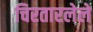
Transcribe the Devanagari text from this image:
चिरतारलेले